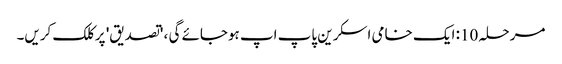
مرحلہ 10: ایک خامی اسکرین پاپ اپ ہوجائے گی ، 'تصدیق' پر کلک کریں۔